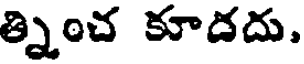
త్నించ కూదదు,